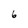
Character: 6